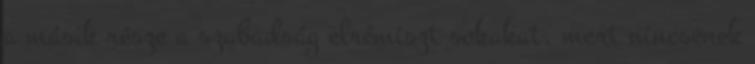
a másik része a szabadság elrémiszt sokakat, mert nincsenek